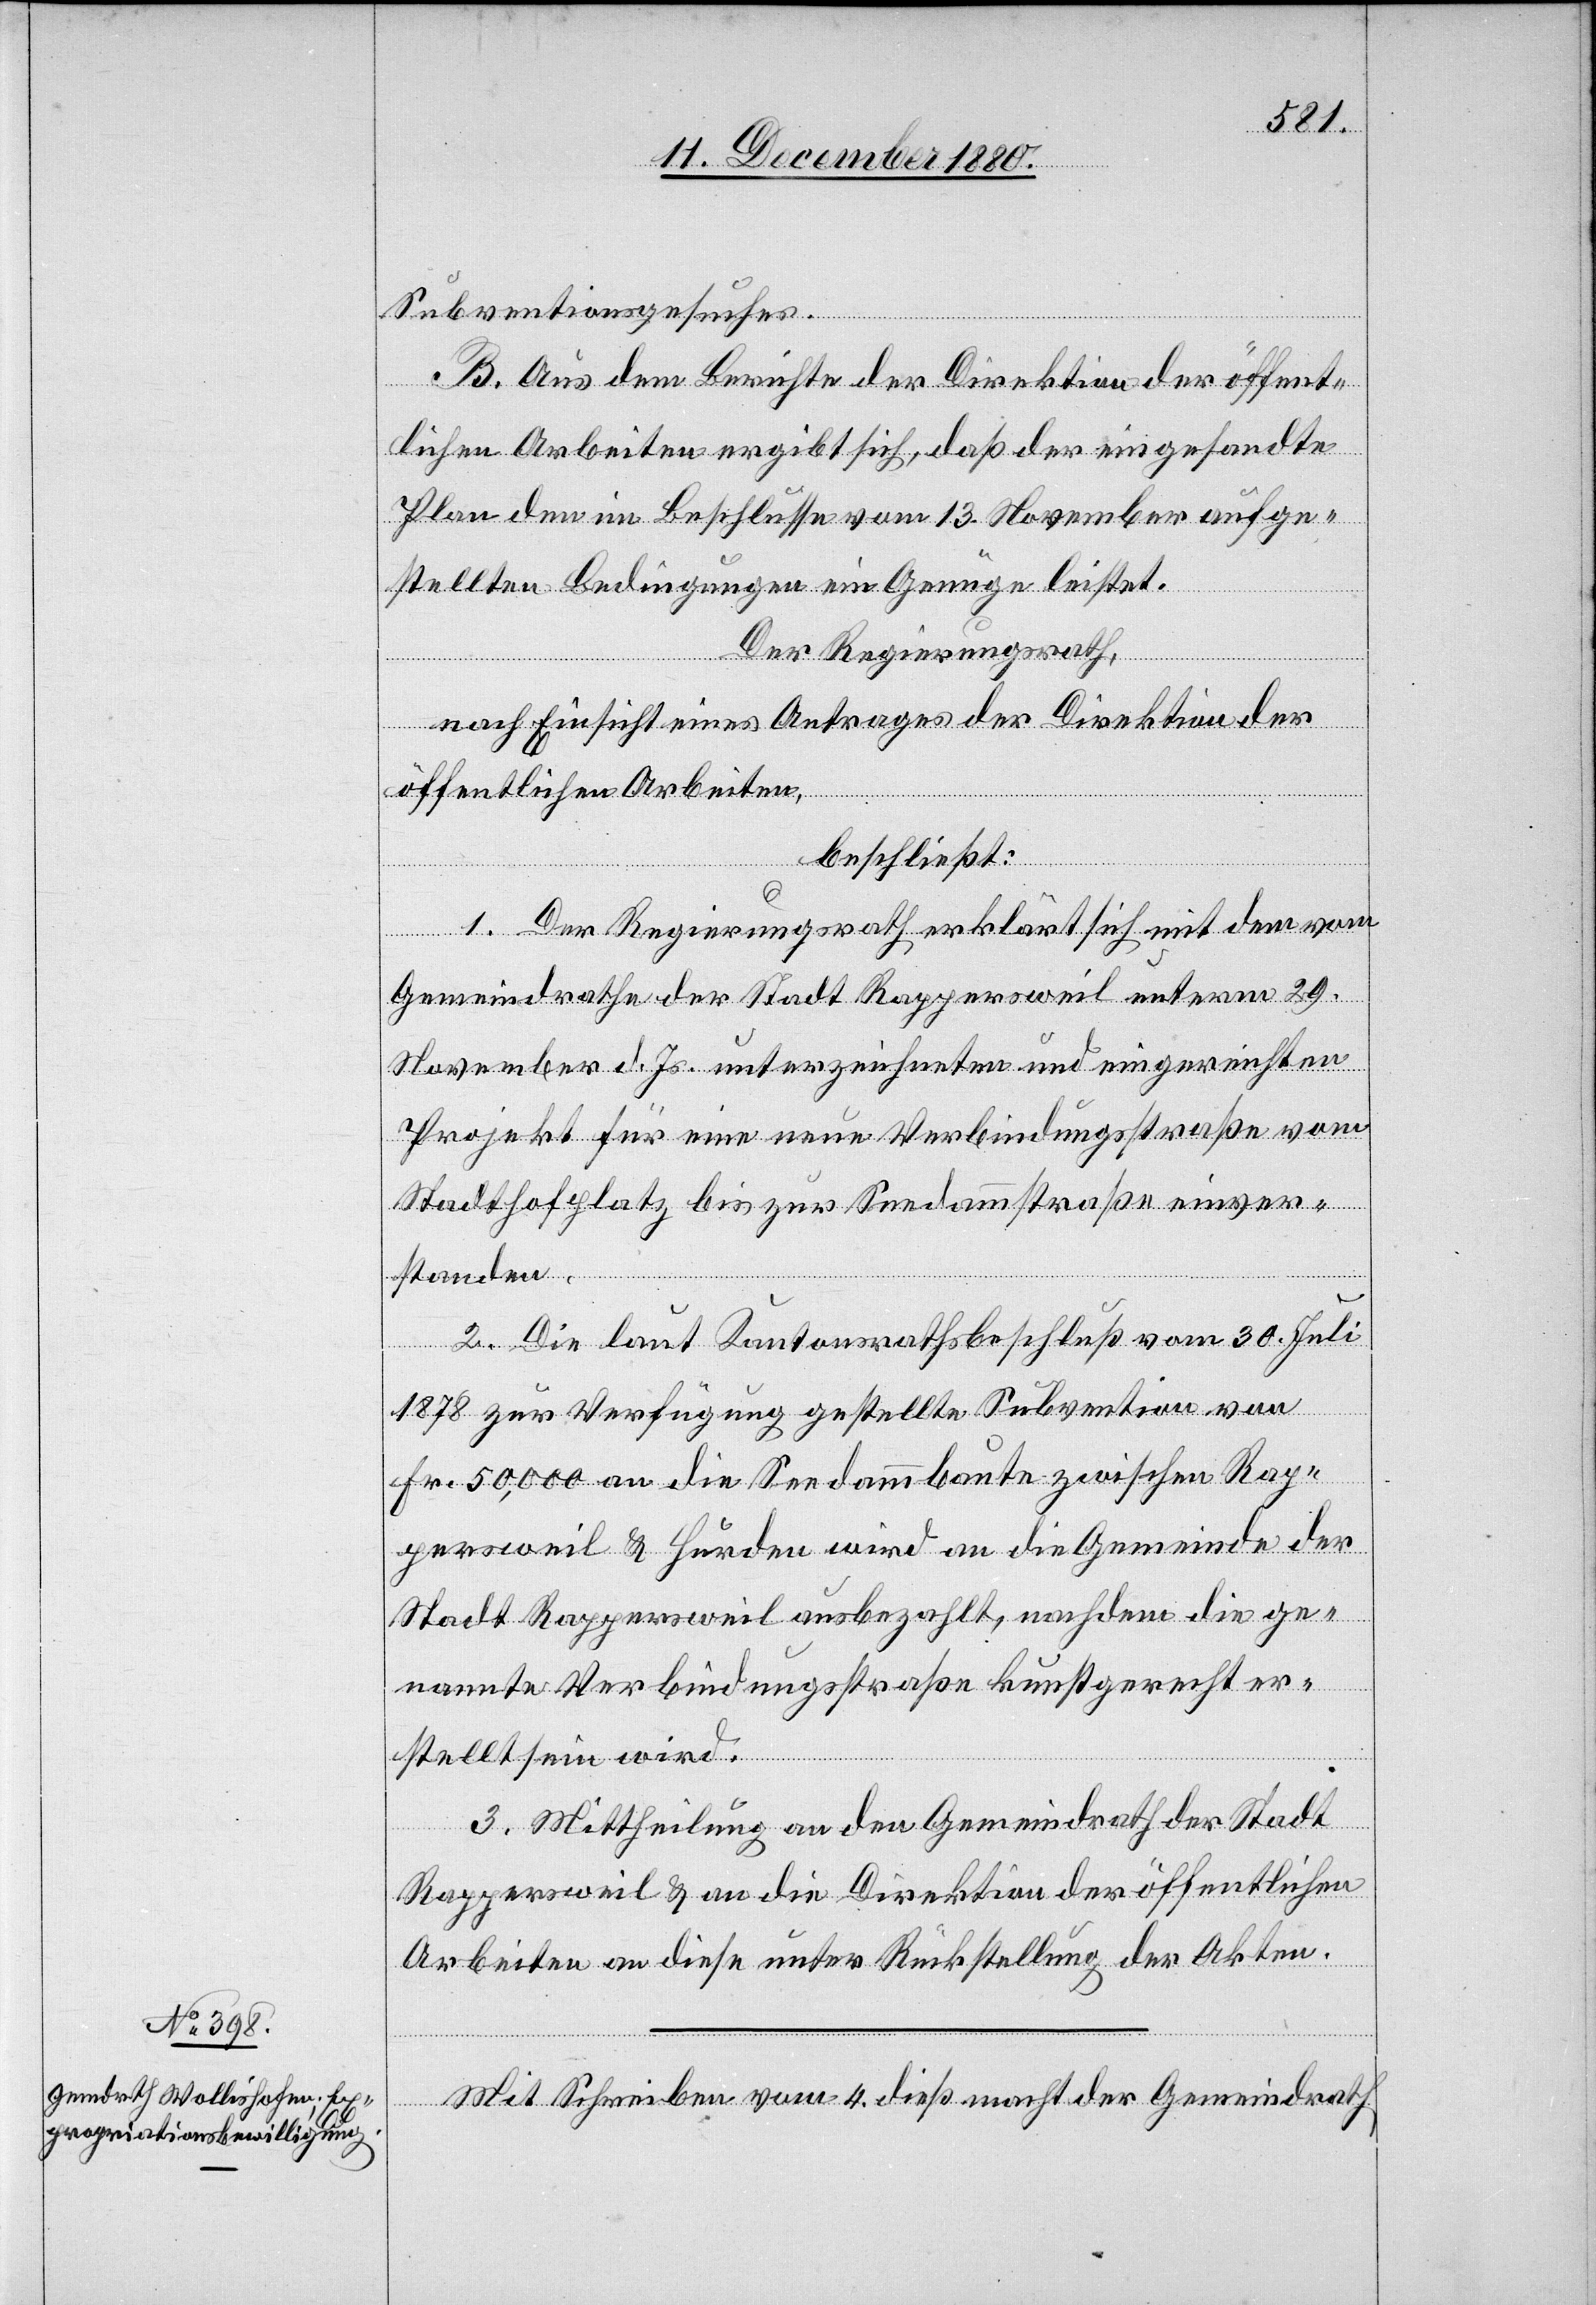
Subventionsgesuches.
B. Aus dem Berichte der Direktion der öffent¬
lichen Arbeiten ergibt sich, daß der eingesandte
Plan den im Beschlusse vom 13. November aufge¬
stellten Bedingungen ein Genüge leistet.
Der Regierungsrath,
nach Einsicht eines Antrages der Direktion der
öffentlichen Arbeiten,
beschließt:
1. Der Regierungsrath erklärt sich mit dem vom
Gemeindrathe der Stadt Rappersweil unterm 29.
November d. Js. unterzeichneten und eingereichten
Projekt für eine neue Verbindungsstraße vom
Stadthofplatz bis zur Seedammstraße einver¬
standen.
2. Die laut Kantonsrathsbeschluß vom 30. Juli
1878 zur Verfügung gestellte Subvention von
Fr. 50,000 an die Seedammbaute zwischen Rap¬
persweil & Hurden wird an die Gemeinde der
Stadt Rappersweil ausbezahlt, nachdem die ge¬
nannte Verbindungsstraße kunstgerecht er¬
stellt sein wird.
3. Mittheilung an den Gemeindrath der Stadt
Rappersweil & an die Direktion der öffentlichen
Arbeiten an diese unter Rückstellung der Akten.
Mit Schreiben vom 4. dieß macht der Gemeindrath